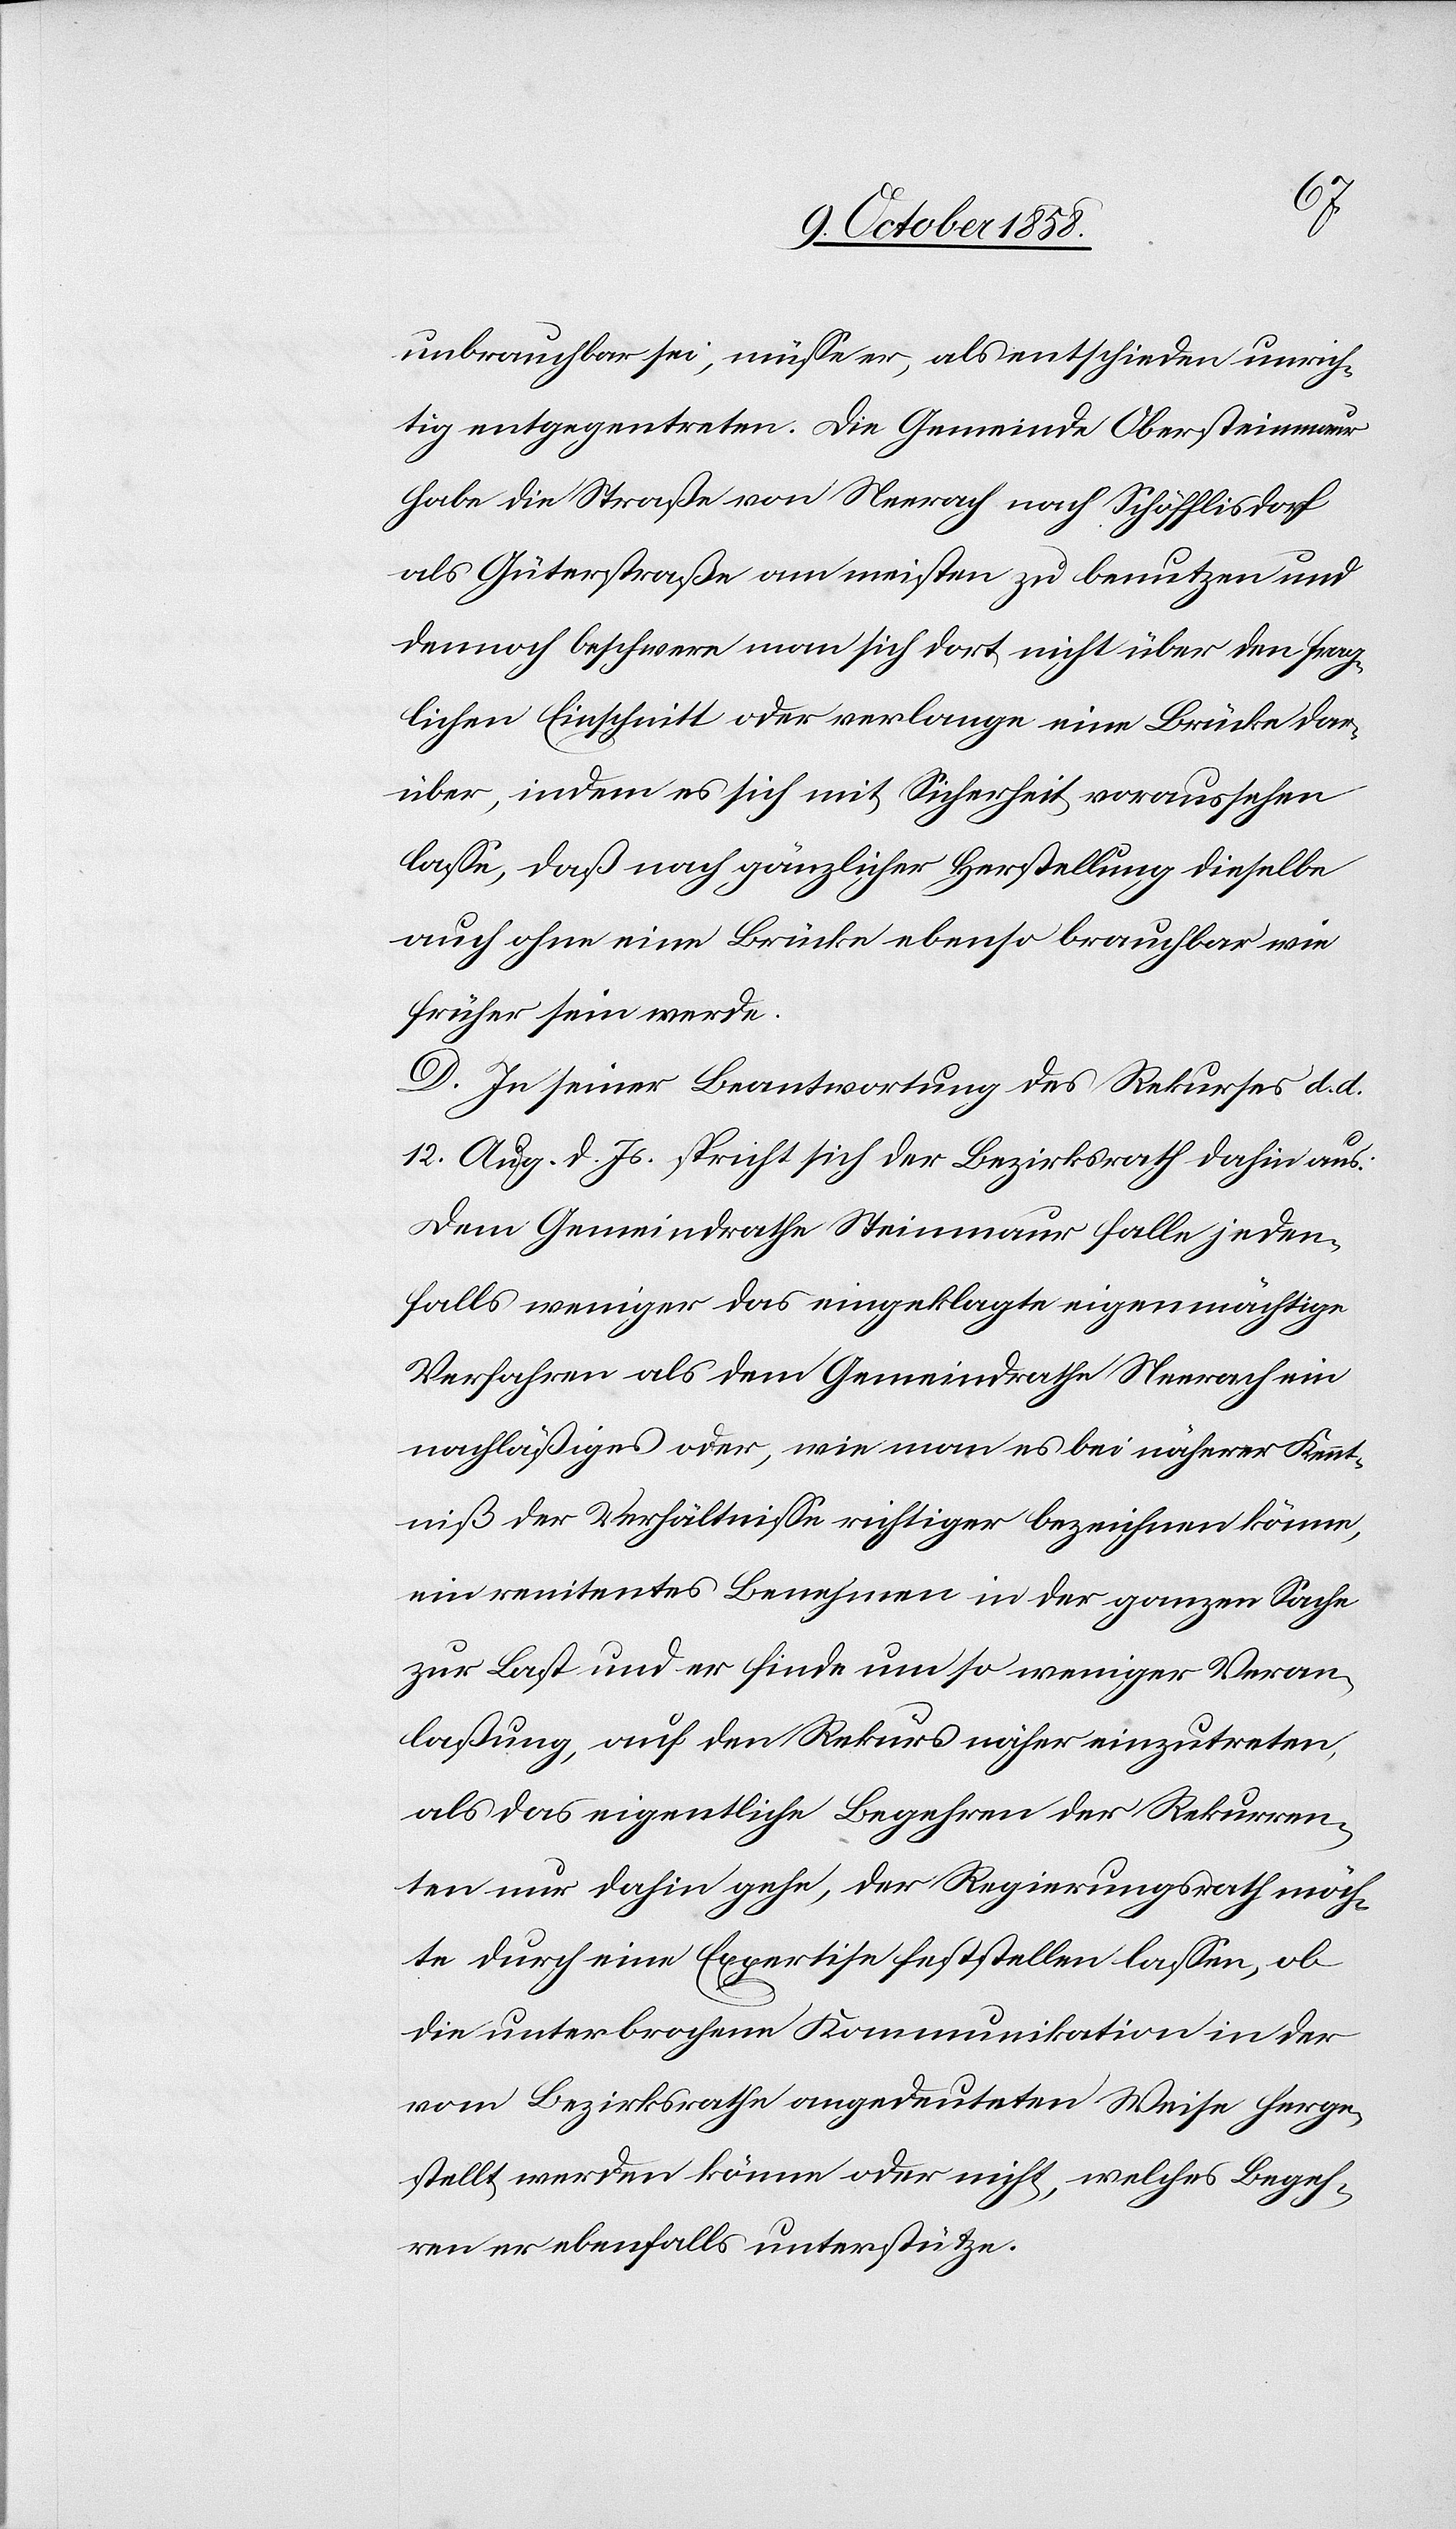
unbrauchbar sei, müsse er, als entschieden unrich¬
tig entgegentreten. Die Gemeinde Obersteinmaur
habe die Straße von Neerach nach Schöfflisdorf
als Güterstraße am meisten zu benutzen und
dennoch beschwere man sich dort nicht über den frag¬
lichen Einschnitt oder verlange eine Brücke dar¬
über, indem es sich mit Sicherheit voraussehen
lasse, daß nach gänzlicher Herstellung dieselbe
auch ohne eine Brücke ebenso brauchbar wie
früher sein werde.
D. In seiner Beantwortung des Rekurses d. d.
12. Aug. d. Js. spricht sich der Bezirksrath dahin aus:
Dem Gemeindrathe Steinmaur falle jeden¬
falls weniger das eingeklagte eigenmächtige
Verfahren als dem Gemeindrathe Neerach ein
nachläßiges oder, wie man es bei näherer Kennt¬
niß der Verhältnisse richtiger bezeichnen könne,
ein renitentes Benehmen in der ganzen Sache
zur Last und er finde um so weniger Veran¬
laßung, auf den Rekurs näher einzutreten,
als das eigentliche Begehren der Rekurren¬
ten nur dahin gehe, der Regierungsrath möch¬
te durch eine Expertise feststellen lassen, ob
die unterbrochene Kommunikation in der
vom Bezirksrathe angedeuteten Weise herge¬
stellt werden könne oder nicht, welches Begeh¬
ren er ebenfalls unterstütze.